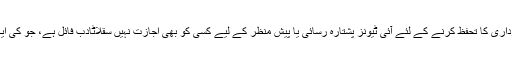
شخصی رازداری کا تحفظ کرنے کے لئے آئی ٹیونز پشتارہ رسائی یا پیش منظر کے لیے کسی کو بھی اجازت نہیں سقلاٹادب فائل ہے، جو کی ایک قسم ہے ۔